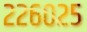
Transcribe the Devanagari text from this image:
२२६०२५